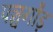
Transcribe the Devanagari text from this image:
पञ्चगौड़